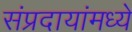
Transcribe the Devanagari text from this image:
संप्रदायांमध्ये